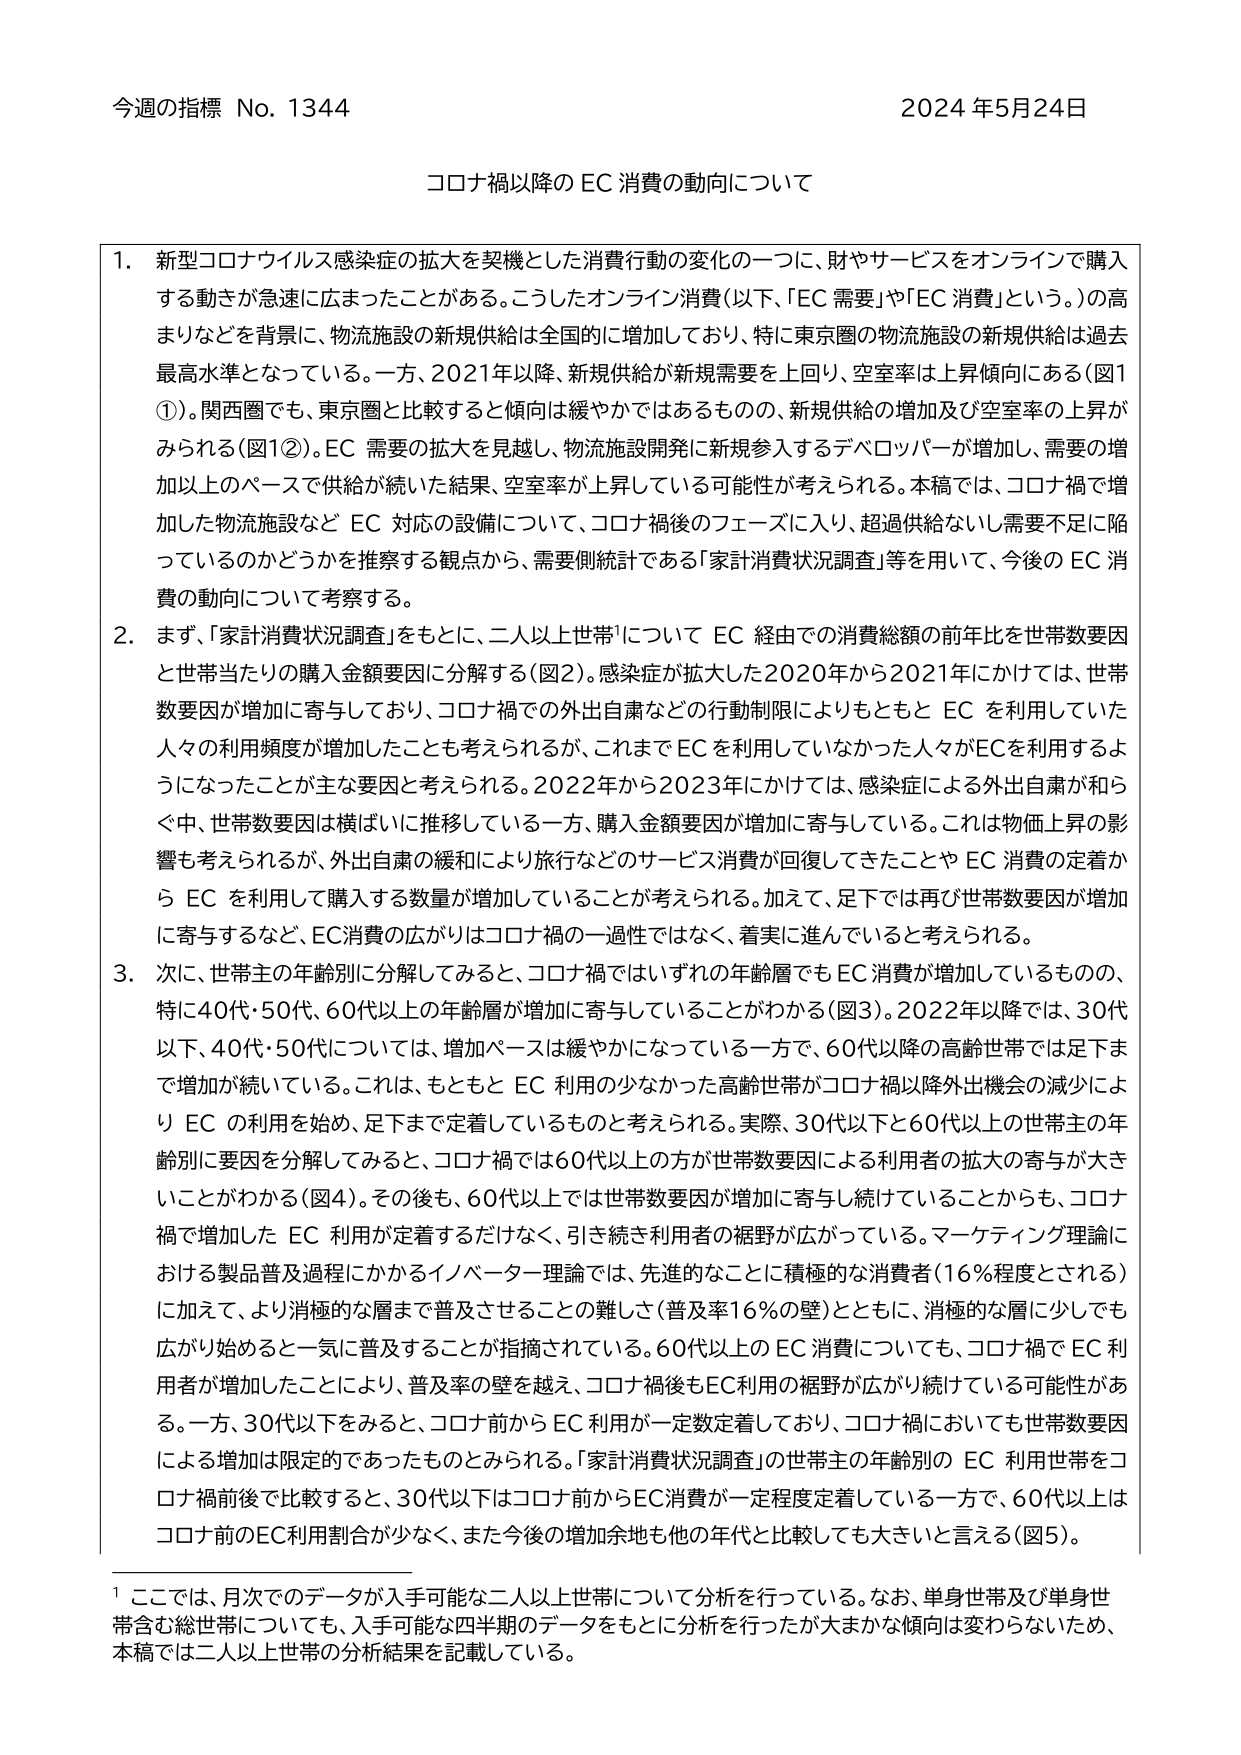
今週の指標 No. 1344 2024年5月24日

コロナ禍以降のEC消費の動向について

1. 新型コロナウイルス感染症の拡大を契機とした消費行動の変化の一つに、財やサービスをオンラインで購入する動きが急速に広まったことがある。こうしたオンライン消費（以下、「EC需要」や「EC消費」という。）の高まりなどを背景に、物流施設の新規供給は全国的に増加しており、特に東京圏の物流施設の新規供給は過去最高水準となっている。一方、2021年以降、新規供給が新規需要を上回り、空室率は上昇傾向にある（図1①）。関西圏でも、東京圏と比較すると傾向は緩やかではあるものの、新規供給の増加及び空室率の上昇がみられる（図1②）。EC需要の拡大を見越し、物流施設開発に新規参入するデベロッパーが増加し、需要の増加以上のペースで供給が続いた結果、空室率が上昇している可能性が考えられる。本稿では、コロナ禍で増加した物流施設などEC対応の設備について、コロナ禍後のフェーズに入り、超過供給ないし需要不足に陥っているのかどうかを推察する観点から、需要側統計である「家計消費状況調査」等を用いて、今後のEC消費の動向について考察する。

2. まず、「家計消費状況調査」をもとに、二人以上世帯¹についてEC経由での消費総額の前年比を世帯数要因と世帯当たりの購入金額要因に分解する（図2）。感染症が拡大した2020年から2021年にかけては、世帯数要因が増加に寄与しており、コロナ禍での外出自粛などの行動制限によりもともとECを利用していた人々の利用頻度が増加したことも考えられるが、これまでECを利用していない人々がECを利用するようになったことが主な要因と考えられる。2022年から2023年にかけては、感染症による外出自粛が和らぐ中、世帯数要因は横ばいに推移している一方、購入金額要因が増加に寄与している。これは物価上昇の影響も考えられるが、外出自粛の緩和により旅行などのサービス消費が回復してきたことやEC消費の定着からECを利用して購入する数量が増加していることが考えられる。加えて、足下では再び世帯数要因が増加に寄与するなど、EC消費の広がりはコロナ禍の一過性ではなく、着実に進んでいると考えられる。

3. 次に、世帯主の年齢別に分解してみると、コロナ禍ではいずれの年齢層でもEC消費が増加しているものの、特に40代・50代、60代以上の年齢層が増加に寄与していることがわかる（図3）。2022年以降では、30代以下、40代・50代については、増加ペースは緩やかになっている一方で、60代以降の高齢世帯では足下まで増加が続いている。これは、もともとEC利用の少なかった高齢世帯がコロナ禍以降外出機会の減少によりECの利用を始め、足下まで定着しているものと考えられる。実際、30代以下と60代以上の世帯主の年齢別に要因を分解してみると、コロナ禍では60代以上の方が世帯数要因による利用者の拡大の寄与が大きいことがわかる（図4）。その後も、60代以上では世帯数要因が増加に寄与し続けていることからも、コロナ禍で増加したEC利用が定着するだけでなく、引き続き利用者の裾野が広がっている。マーケティング理論における製品普及過程にかかるイノベーター理論では、先進的なことに積極的な消費者（16％程度とされる）に加えて、より消極的な層まで普及させることの難しさ（普及率16％の壁）とともに、消極的な層に少しでも広がり始めると一気に普及することが指摘されている。60代以上のEC消費についても、コロナ禍でEC利用者が増加したことにより、普及率の壁を越え、コロナ禍後もEC利用の裾野が広がり続けている可能性がある。一方、30代以下をみると、コロナ前からEC利用が一定数定着しており、コロナ禍においても世帯数要因による増加は限定的であったものとみられる。「家計消費状況調査」の世帯主の年齢別のEC利用世帯をコロナ禍前後で比較すると、30代以下はコロナ前からEC消費が一定程度定着している一方で、60代以上はコロナ前のEC利用割合が少なく、また今後の増加余地も他の年代と比較しても大きいと言える（図5）。

¹ ここでは、月次でのデータが入手可能な二人以上世帯について分析を行っている。なお、単身世帯及び単身世帯含む総世帯についても、入手可能な四半期のデータをもとに分析を行ったが大きな傾向は変わらないため、本稿では二人以上世帯の分析結果を記載している。